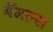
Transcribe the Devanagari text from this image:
बैंगल्स